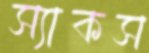
স্যাকস